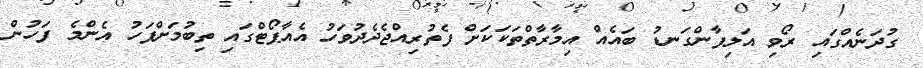
ގުދަނެއްގައި ރޯވި އަލިފާންގަނޑު ބައެއް އިމާރާތްތަކަކަށް ފެތުރިއްޖެދެދުވަހު އެއާޕޯޓްގައި ތިބުމަށްފަހު އެންމެ ފަހުން